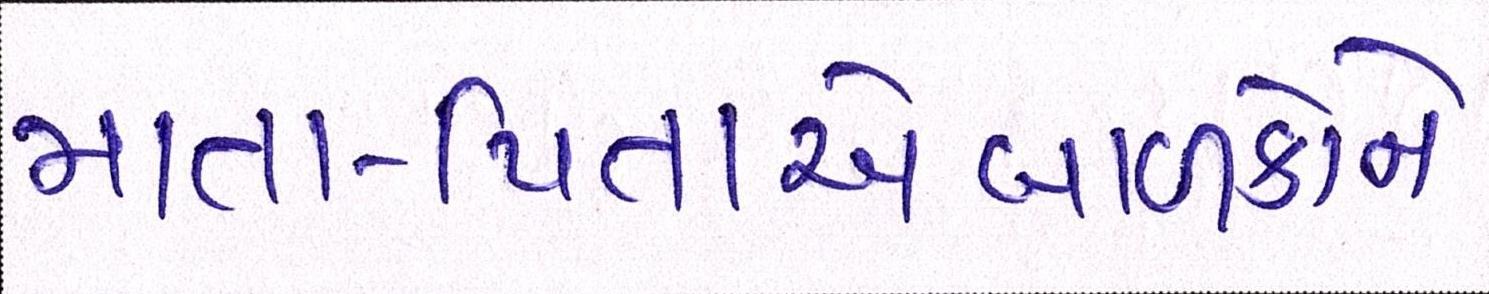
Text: માતા-પિતાએબાળકોને